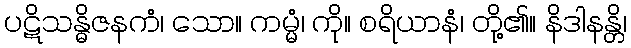
ပဋိသန္ဓိဇနကံ၊ သော။ ကမ္မံ၊ ကို။ စရိယာနံ၊ တို့၏။ နိဒါနန္တိ၊